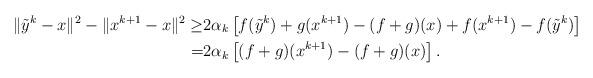
LaTeX: \begin{align*}\|\tilde{y}^k-x\|^2-\|x^{k+1}-x\|^2\ge&2\alpha_k\left[f(\tilde{y}^k)+g(x^{k+1})-(f+g)(x)+f(x^{k+1})-f(\tilde{y}^k)\right]\\=&2\alpha_k\left[(f+g)(x^{k+1})-(f+g)(x)\right].\end{align*}